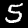
Label: 5